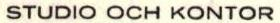
STUDIO OCH KONTOR